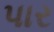
પાર